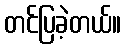
တင်ပြခဲ့တယ်။